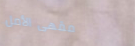
مقهى الأمل